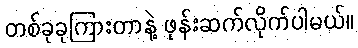
တစ်ခုခုကြားတာနဲ့ ဖုန်းဆက်လိုက်ပါမယ်။